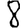
Digit: 8